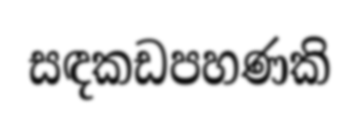
සඳකඩපහණකි